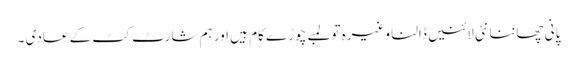
پانی چھاننا نئی لائنیں ڈالنا وغیرہ تو لمبے چوڑے کام ہیں اور ہم شارٹ کٹ کے عادی ۔